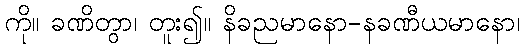
ကို။ ခဏိတွာ၊ တူး၍။ နိခညမာနော-နခဏီယမာနော၊